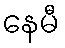
နေမီ